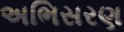
અભિસરણ